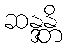
ဆန္ဒန္တိ